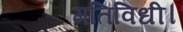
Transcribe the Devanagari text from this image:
गतिविधी।